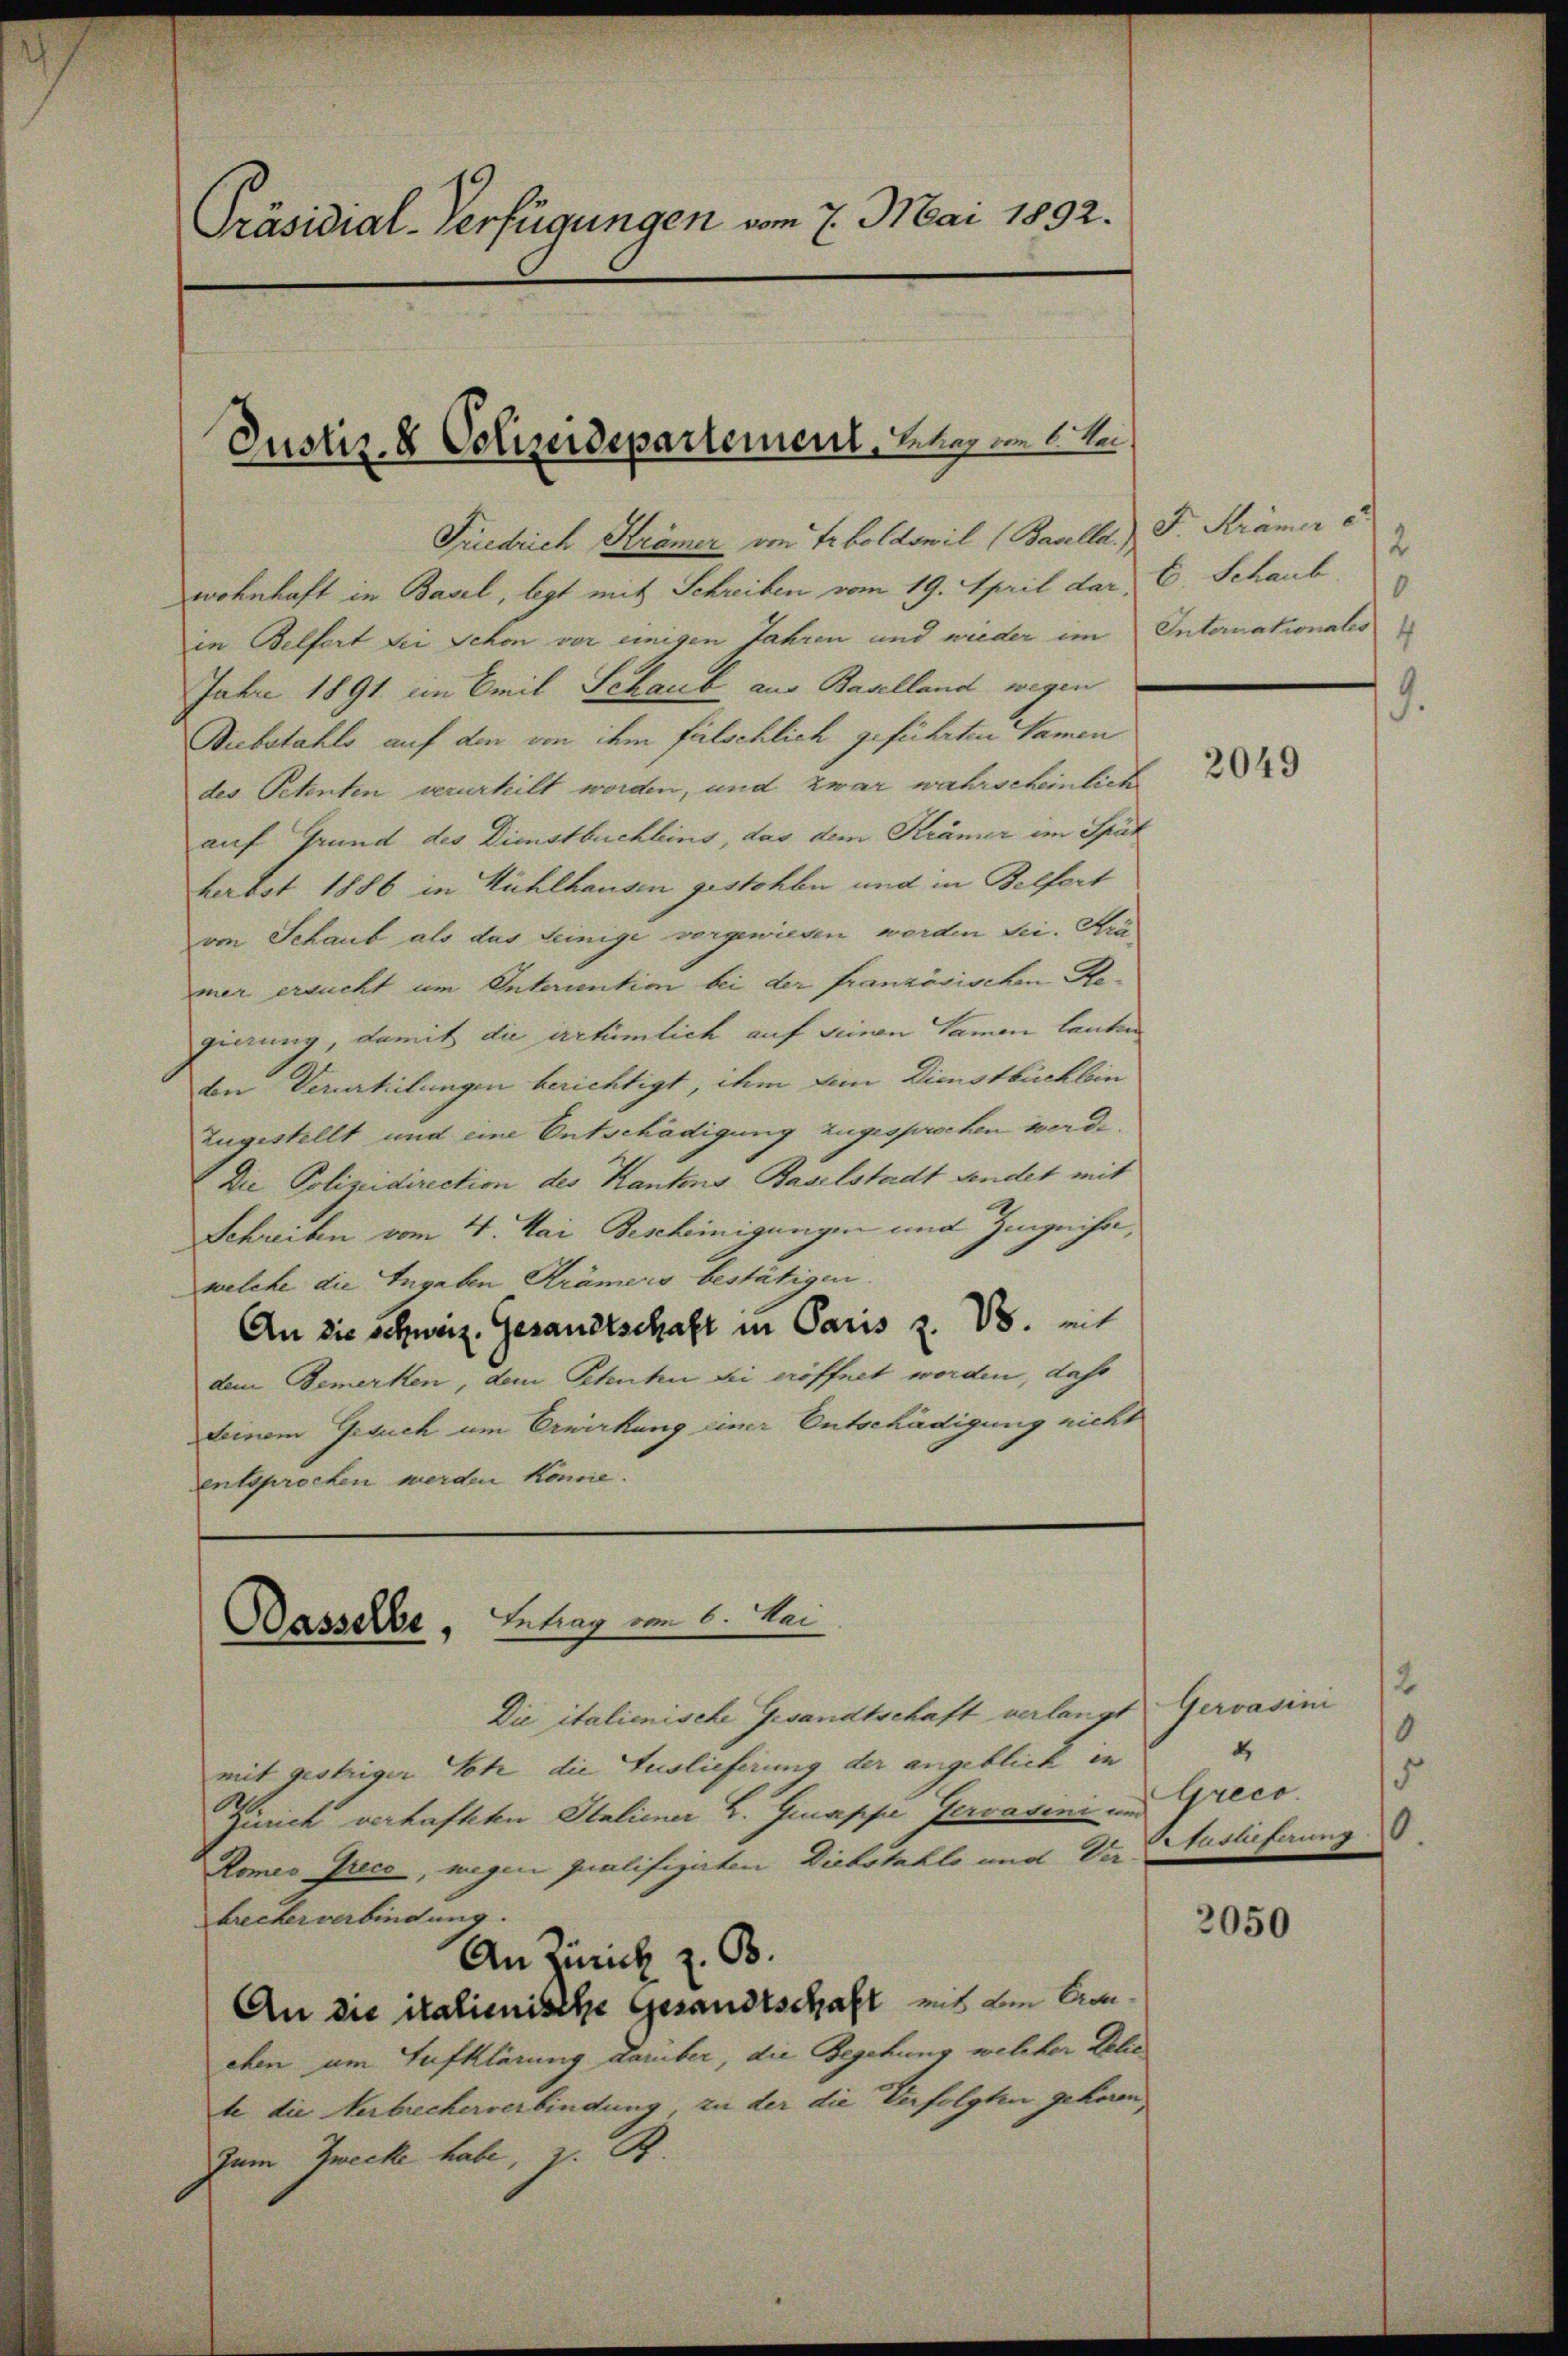
Präsidial-Verfügungen vom 7. Mai 1892.

Justiz- & Polizeidepartement, Beher vom 1. Jun

Friedrich Krämer von Erboldswil (Basella.) F. Krämer e
wohnhaft in Basel, legt mit Schreiben vom 19. April dar. E. Schaub
in Belfort sei Schon vor einigen Jahren und wieder im
Jahre 1891 im Emil Schaub aus Baselland wegen
Diebstahls auf den von ihm fälschlich geführten Namen
des Petenten verurhilt worden, und zwar wahrscheinliche
auf Grund des Dienstbuchleins, das dem Krämer im Spät
Herbst 1886 in Mühlhausen gestohlen und in Belfort
von Schaub als das Seinige vorgewiesen werden sei. Krämer ersucht um Interiention bei der französischen Regierung, damit die irrtümlich auf seinen Samen lauten
den Verurteilungen berichtigt, ihm dem Dienstbüchlein
Zugestellt und eine Entschädigung zugesprochen werde.
Die Polizeidirection des Kantons Baselstadt sendet mit
Schreiben vom 4. Mai Bescheinigungen und Zignisa,
welche die Angaben Krämers bestätigen.
An die schweiz. Gesandtschaft in Paris z. B. mit
dem Bemerken, dem Schuhen sei eröffnet worden, das
Leinem Gesuch um Erwirkung einer Entschädigung nicht
entsprochen werden könne.

Intrag von 6. Mai
Basselbe,

Die italienische Gesandtschaft verlangt Gervasini
mit gestriger Sohr die Auslieferung der angeblick in
Zürich verhafteten Staliener L. Gmappe Gervavini und Greco
Romes Gries, wegen qualifizirten Diebstahls und Derbrecher verbindung.
An Zürich z. B.
An die italienische Gesandtschaft mit den Conchen um Aufklärung damber, die Begehung welcher Delic
te die Verbrecherverbindung, zu der die Verfolgten gehören,
Zum Zwecke habe, z. B.

2
Intornationales 4

2049

2
10
2
5
Auslieferung

2050